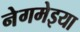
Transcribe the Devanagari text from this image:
नेगमेइया